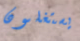
يستغلون